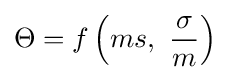
\Theta =f\left(ms,\ {\frac {\sigma }{m}}\right)